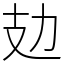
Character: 攰